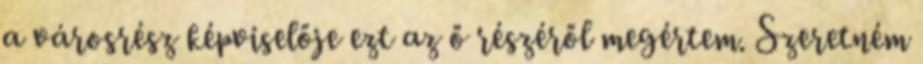
a városrész képviselője ezt az ő részéről megértem. Szeretném